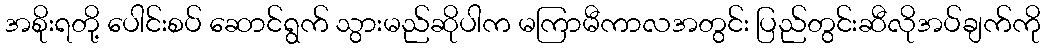
အစိုးရတို့ ပေါင်းစပ် ဆောင်ရွက် သွားမည်ဆိုပါက မကြာမီကာလအတွင်း ပြည်တွင်းဆီလိုအပ်ချက်ကို